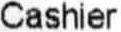
CASHIER